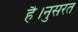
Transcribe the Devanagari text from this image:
है।नुसरत